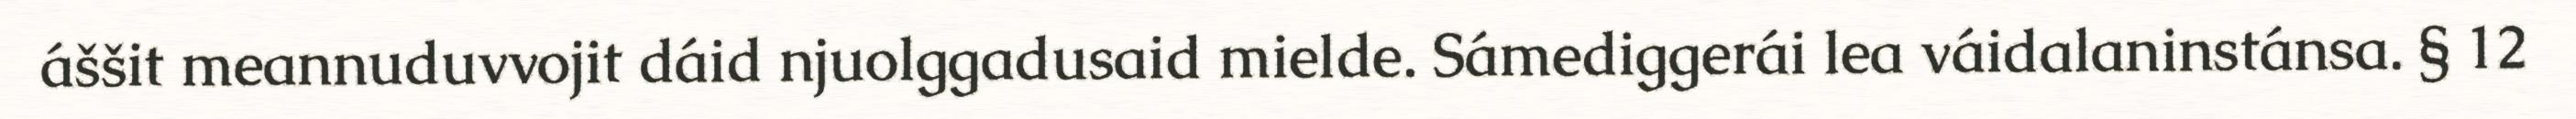
áššit meannuduvvojit dáid njuolggadusaid mielde. Sámediggerái lea váidalaninstánsa. § 12